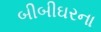
બીબીઘરના